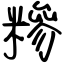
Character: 糝